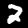
Digit: 2